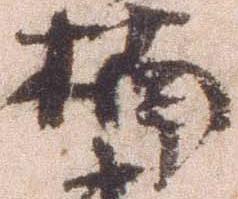
楠